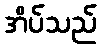
အိပ်သည်